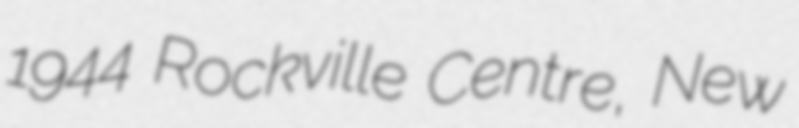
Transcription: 1944 Rockville Centre, New